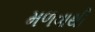
મળવાથી